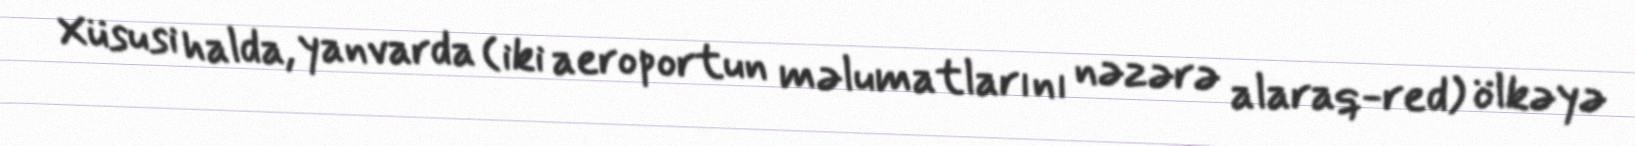
Xüsusi halda, yanvarda (iki aeroportun məlumatlarını nəzərə alaraq-red) ölkəyə